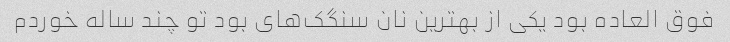
فوق العاده بود یکی از بهترین نان سنگک‌های بود تو چند ساله خوردم